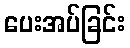
ပေးအပ်ခြင်း